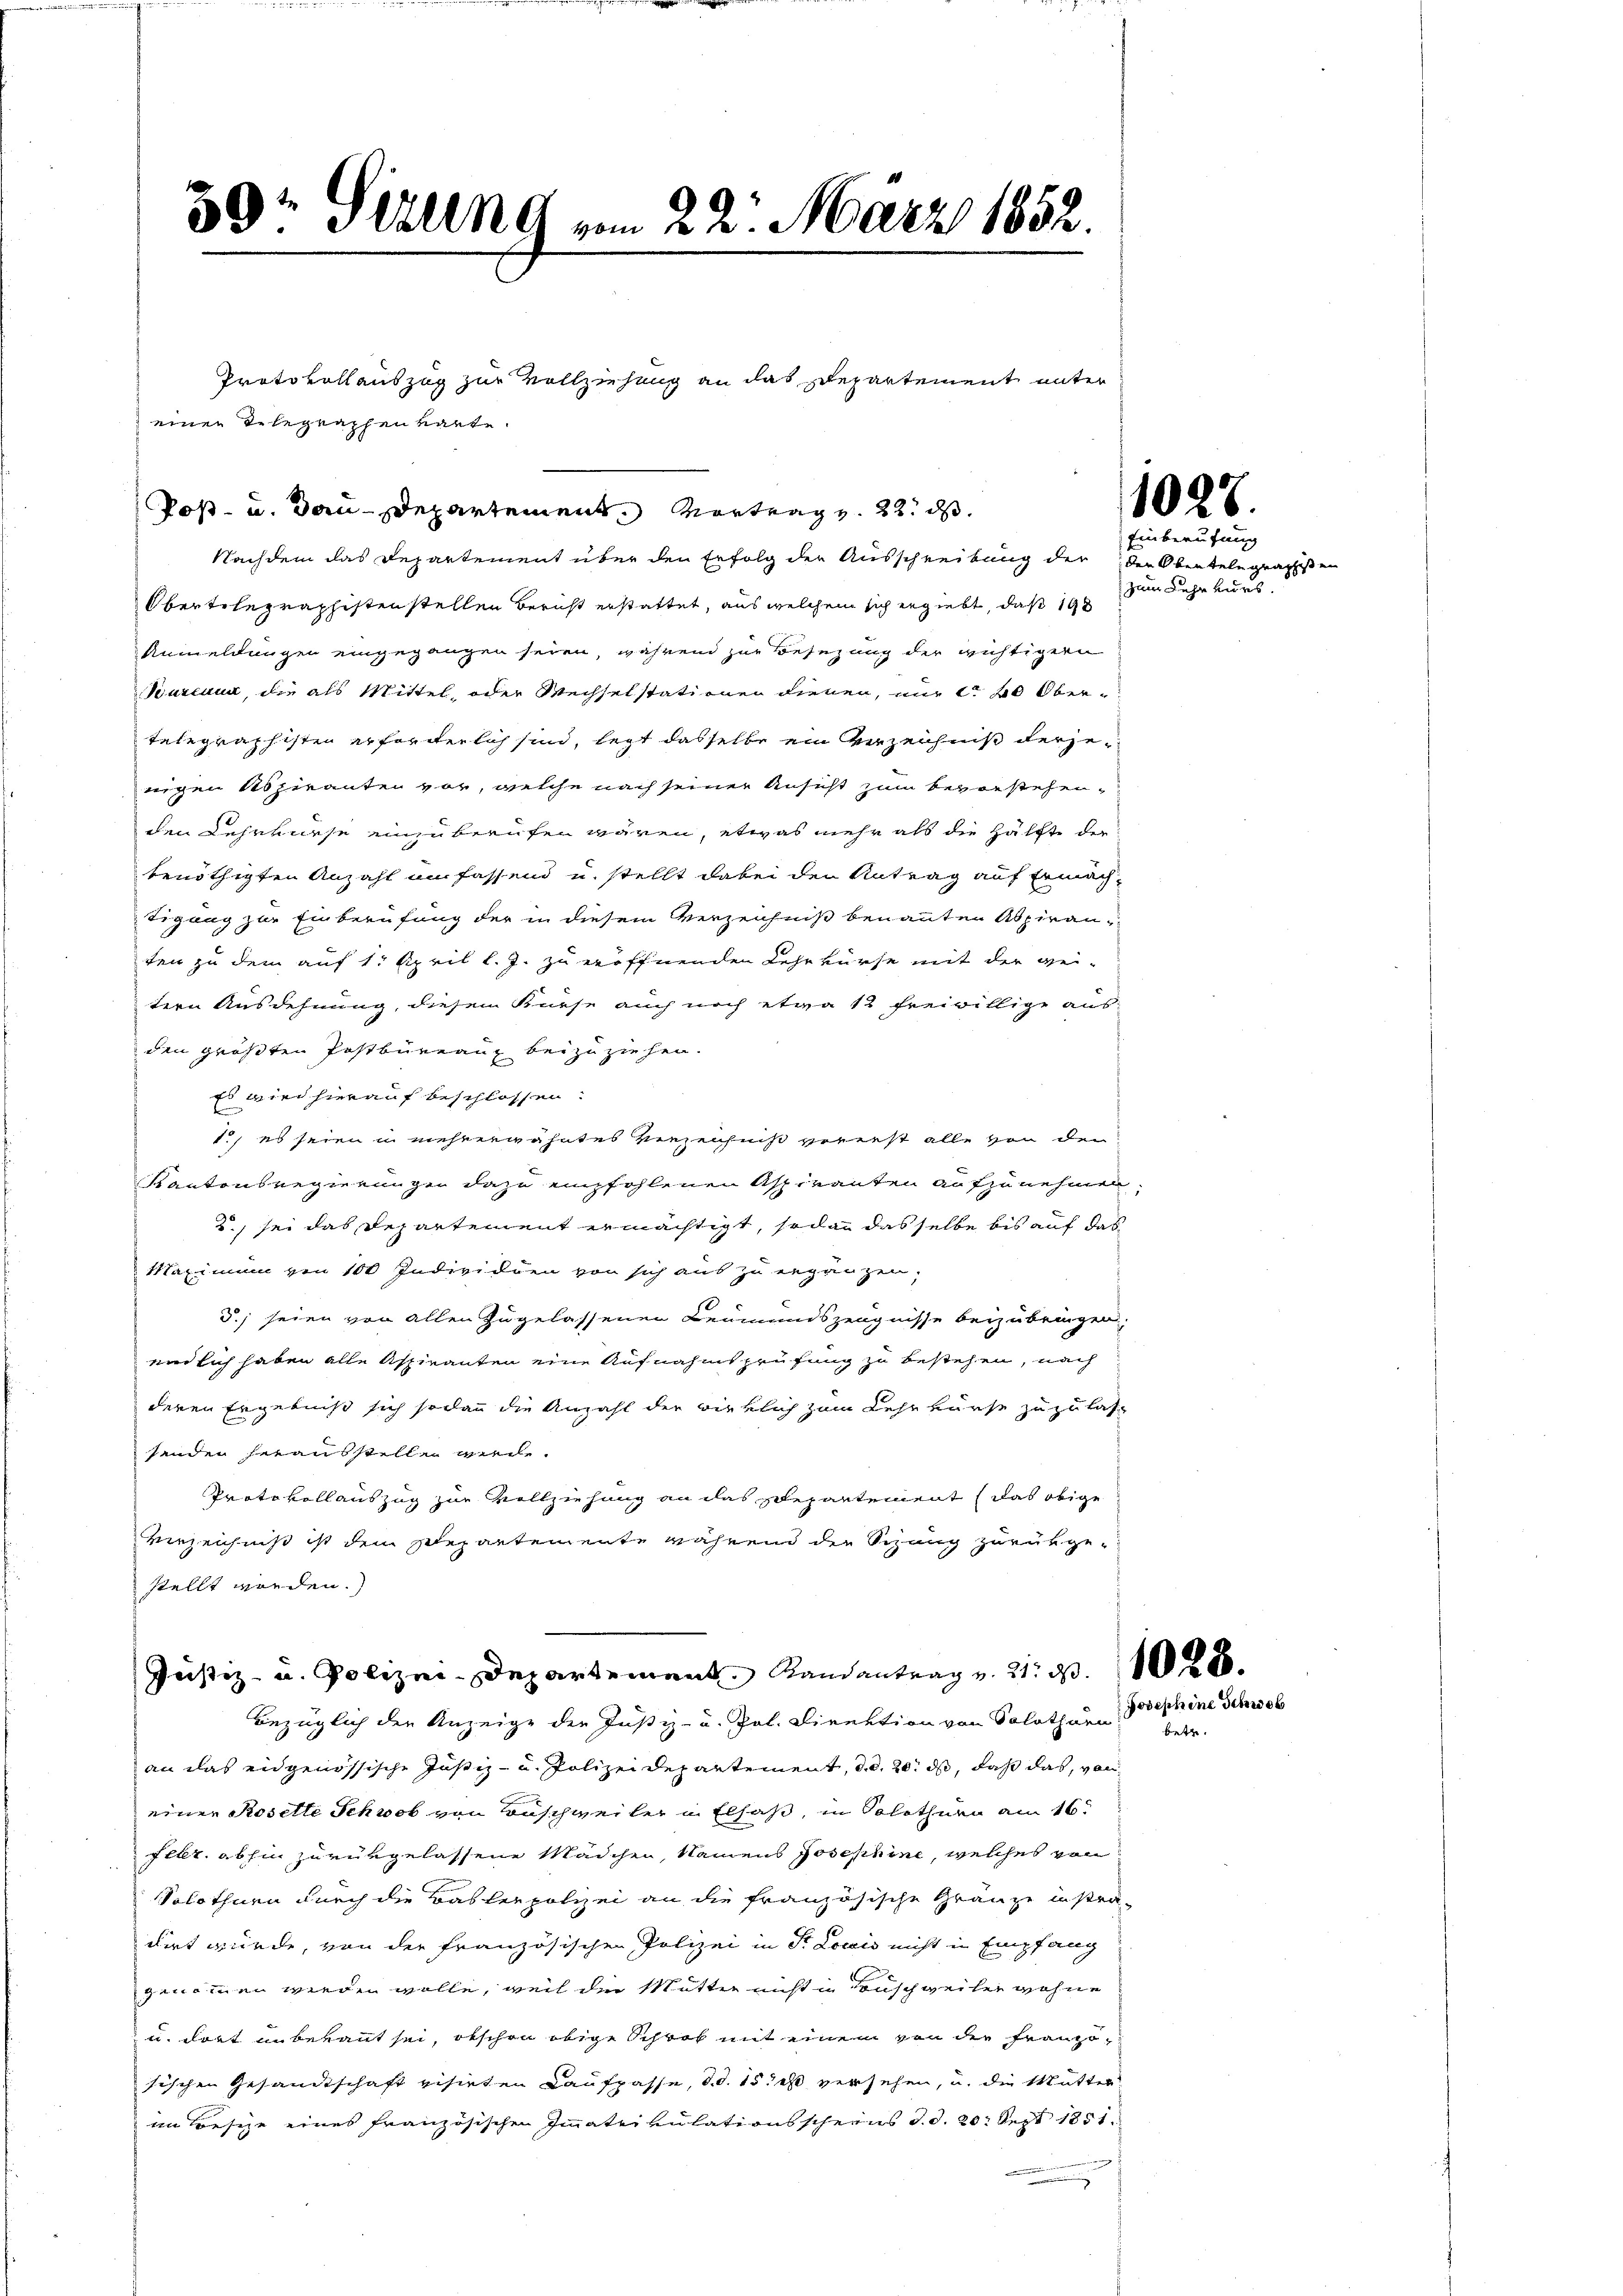
39; Geling vom 22. März 1852.

einen Telegraphenbarte.

Protokollauszug zur Vollziehung an das Departement unter

Post- u. Bau-Departement. Vortrag v. 22. ds.

Nachdem das Departement über den Erfolg der Ausschreibung der der Oberteln graphisten
Obertelegraphisten stellen Bericht erstattet, aus welchem sich ergiebt, daß 190
Anmeldungen eingegangen seien, während zur Besezung der wichtigern
Pureau, die als Mittel, oder Wechselstationen dienen, nur ca 20 Obertelegraphisten erforderlich sind, legt dasselbe ein verzeichniß derjewigen Aspiranten vor, welche nach seiner Ansicht zum bevorstehenden Lehrwiese einzuberufen wären, etwas mehr als die Hälfte der
benöthigten Anzahl umfassend u. stellt dabei den Antrag auf Ermächtigung zur Einberufung der in diesem Verzeichniß benannten Aspiranten zu dem auf 1. April l. J. zu eröffnenden Lehrkurse mit der gei-
tern Ausdehnung, diesem Kurse auch noch etwa 12 freiwillige ausden größten Postbureaug beizuziehen.
Es wird hierauf beschlossen:
1.) es seien in mehrerwähntes Verzeichniß vererst alle von den
Kantonsregierungen dazu empfohlenen Aspiranten aufzunehmen.
2., sei das Departement ermächtigt, sodann dasselbe bis auf das
Maximum von 100 Individuen von sich aus zu ergänzen,
5.; seien von allen zugelassenen Leumundszeugnisse beizubringen.
endlich haben alle Aspiranten eine Aufnahmt prüfung zu bestehen, nach
deren Ergebniß sich sodann die Anzahl der wirklich zum Lehrkurse zuzulas-
senden herausstellen wie
Protokoll auszug zur Vollziehung an das Departement (das obige
verzeichniß ist dem separtemente während der Schang zurükgestellt worden.
Justiz- u. Polizei-Departement andantrag v. 21. d.
bezüglich der Anzeige der Justiz- u. Pal. Direktion von Solothurn
an das eidgenössische Justiz- u. Polizeidepartement, d. d. 20. ds, daß das, von
einer Rosette Schwab von Beschweiler u. Elsaß, in Solothurn am 16.
febr. abhin zurükgelassene Mädchen, Namens Josephine, welches von
Solothurn durch die Baslerpolizei an die französische Gränze instradirt würde, von der französischen Polizei in St. Louis nicht in Empfang
genommen werden wolle, weil die Mutter nicht in Tauschweiler wohne
u. dort in bekannt sei, obschon obige Schrot mit einem von der Französischen Gesandtschaft visirten Kaufpasse, d. d. 15 ist versehen, u. die Mütter
im Besize eines französischen Immatrikulationsscheens d. d. 20. Sept 1851.
s

e

1027.

Einberufung
zum Lehrkurs.

betr.

Josephine Schweb